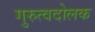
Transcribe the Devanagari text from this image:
गुरुत्वदोलक